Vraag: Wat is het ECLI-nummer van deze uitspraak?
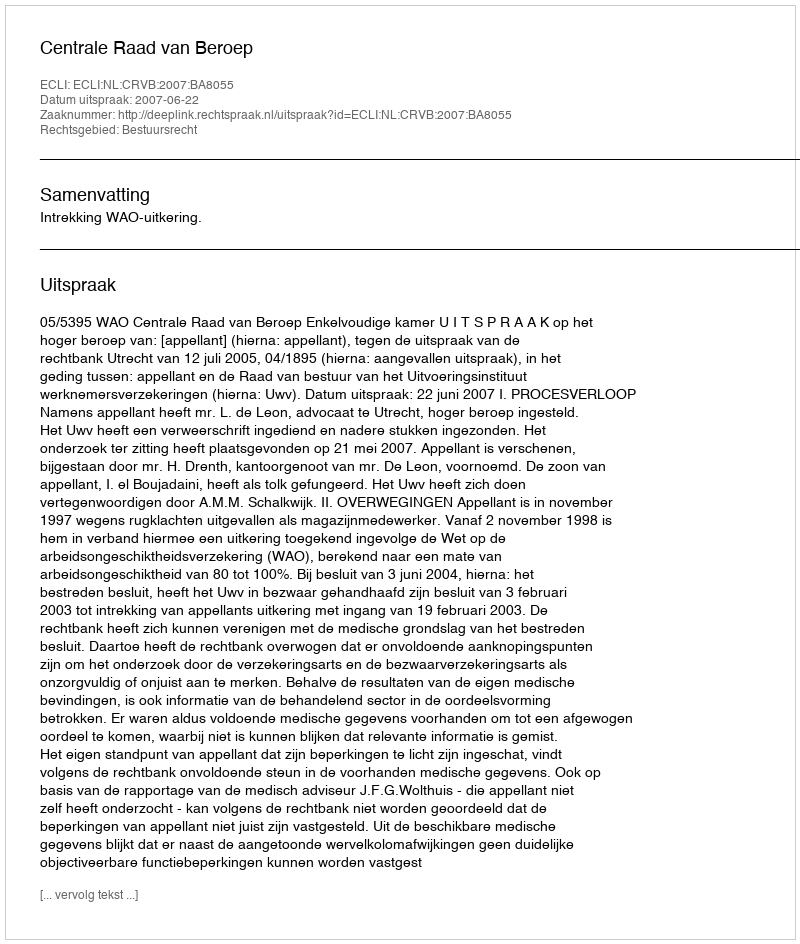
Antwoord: ECLI:NL:CRVB:2007:BA8055